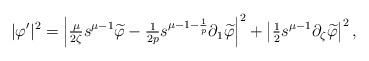
LaTeX: \begin{align*}|\varphi'|^2 = \left|\tfrac\mu{2\zeta} s^{\mu-1}\widetilde\varphi - \tfrac1{2p}s^{\mu-1-\frac1p}\partial_1\widetilde\varphi\right|^2 + \left|\tfrac12 s^{\mu-1}\partial_\zeta\widetilde\varphi \right|^2,\end{align*}